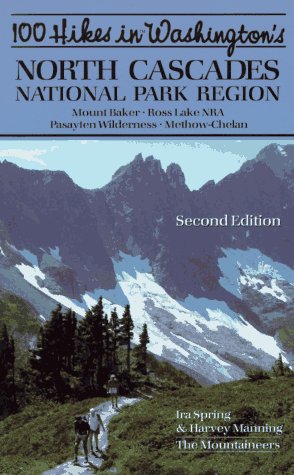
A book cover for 100 Hikes in Washington's North Cascades National Park Region; Harvey Manning; Travel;